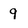
Character: 9